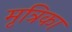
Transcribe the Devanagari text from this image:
मृत्रिका